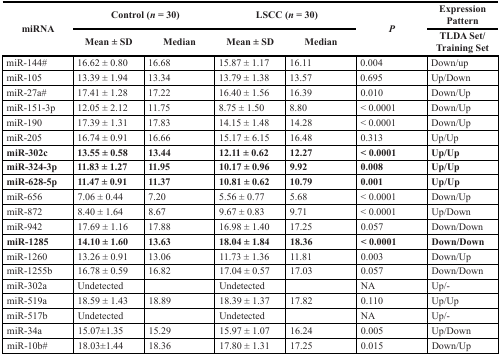
<table><thead><tr><td rowspan="2"><b>miRNA</b></td><td colspan="2"><b>Control (<i>n</i> = 30)</b></td><td colspan="2"><b>LSCC (<i>n</i> = 30)</b></td><td rowspan="2"><b><i>P</i></b></td><td><b>Expression Pattern</b></td></tr><tr><td><b>Mean ± SD</b></td><td><b>Median</b></td><td><b>Mean ± SD</b></td><td><b>Median</b></td><td><b>TLDA Set/Training Set</b></td></tr></thead><tbody><tr><td>miR-144#</td><td>16.62 ± 0.80</td><td>16.68</td><td>15.87 ± 1.17</td><td>16.11</td><td>0.004</td><td>Down/up</td></tr><tr><td>miR-105</td><td>13.39 ± 1.94</td><td>13.34</td><td>13.79 ± 1.38</td><td>13.57</td><td>0.695</td><td>Up/Down</td></tr><tr><td>miR-27a#</td><td>17.41 ± 1.28</td><td>17.22</td><td>16.40 ± 1.56</td><td>16.39</td><td>0.010</td><td>Down/Up</td></tr><tr><td>miR-151-3p</td><td>12.05 ± 2.12</td><td>11.75</td><td>8.75 ± 1.50</td><td>8.80</td><td>&lt; 0.0001</td><td>Down/Up</td></tr><tr><td>miR-190</td><td>17.39 ± 1.31</td><td>17.83</td><td>14.15 ± 1.48</td><td>14.28</td><td>&lt; 0.0001</td><td>Down/Up</td></tr><tr><td>miR-205</td><td>16.74 ± 0.91</td><td>16.66</td><td>15.17 ± 6.15</td><td>16.48</td><td>0.313</td><td>Up/Up</td></tr><tr><td><b>miR-302c</b></td><td><b>13.55 ± 0.58</b></td><td><b>13.44</b></td><td><b>12.11 ± 0.62</b></td><td><b>12.27</b></td><td><b>&lt; 0.0001</b></td><td><b>Up/Up</b></td></tr><tr><td><b>miR-324-3p</b></td><td><b>11.83 ± 1.27</b></td><td><b>11.95</b></td><td><b>10.17 ± 0.96</b></td><td><b>9.92</b></td><td><b>0.008</b></td><td><b>Up/Up</b></td></tr><tr><td><b>miR-628-5p</b></td><td><b>11.47 ± 0.91</b></td><td><b>11.37</b></td><td><b>10.81 ± 0.62</b></td><td><b>10.79</b></td><td><b>0.001</b></td><td><b>Up/Up</b></td></tr><tr><td>miR-656</td><td>7.06 ± 0.44</td><td>7.20</td><td>5.56 ± 0.77</td><td>5.68</td><td>&lt; 0.0001</td><td>Down/Up</td></tr><tr><td>miR-872</td><td>8.40 ± 1.64</td><td>8.67</td><td>9.67 ± 0.83</td><td>9.71</td><td>&lt; 0.0001</td><td>Up/Down</td></tr><tr><td>miR-942</td><td>17.69 ± 1.16</td><td>17.88</td><td>16.98 ± 1.40</td><td>17.25</td><td>0.057</td><td>Down/Down</td></tr><tr><td><b>miR-1285</b></td><td><b>14.10 ± 1.60</b></td><td><b>13.63</b></td><td><b>18.04 ± 1.84</b></td><td><b>18.36</b></td><td><b>&lt; 0.0001</b></td><td><b>Down/Down</b></td></tr><tr><td>miR-1260</td><td>13.26 ± 0.91</td><td>13.06</td><td>11.73 ± 1.36</td><td>11.81</td><td>0.003</td><td>Down/Up</td></tr><tr><td>miR-1255b</td><td>16.78 ± 0.59</td><td>16.82</td><td>17.04 ± 0.57</td><td>17.03</td><td>0.057</td><td>Down/Down</td></tr><tr><td>miR-302a</td><td>Undetected</td><td></td><td>Undetected</td><td></td><td>NA</td><td>Up/-</td></tr><tr><td>miR-519a</td><td>18.59 ± 1.43</td><td>18.89</td><td>18.39 ± 1.37</td><td>17.82</td><td>0.110</td><td>Up/Up</td></tr><tr><td>miR-517b</td><td>Undetected</td><td></td><td>Undetected</td><td></td><td>NA</td><td>Up/-</td></tr><tr><td>miR-34a</td><td>15.07±1.35</td><td>15.29</td><td>15.97 ± 1.07</td><td>16.24</td><td>0.005</td><td>Up/Down</td></tr><tr><td>miR-10b#</td><td>18.03±1.44</td><td>18.36</td><td>17.80 ± 1.31</td><td>17.25</td><td>0.015</td><td>Down/Up</td></tr></tbody></table>